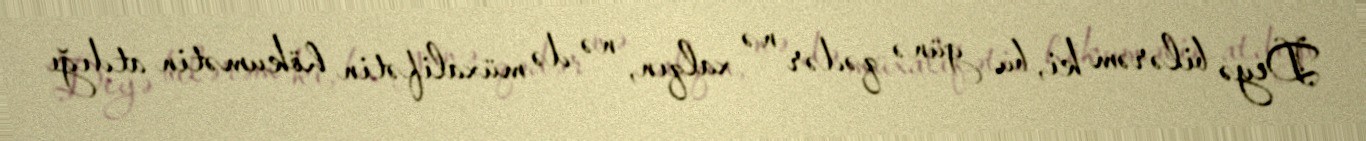
Deyə bilərəm ki, bu günə qədər nə xalqın, nə də müxalifətin hökumətin atdığı